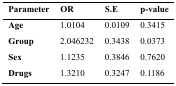
| Parameter | OR | S.E | p-value |
 | --- | --- | --- | --- |
 | Age | 1.0104 | 0.0109 | 0.3415 |
 | Group | 2.046232 | 0.3438 | 0.0373 |
 | Sex | 1.1235 | 0.3846 | 0.7620 |
 | Drugs | 1.3210 | 0.3247 | 0.1186 |